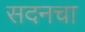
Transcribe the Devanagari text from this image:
सदनचा